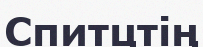
Спитцтің